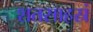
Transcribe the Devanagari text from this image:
शतसाहस्रं